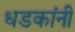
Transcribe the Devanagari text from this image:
धडकांनी